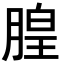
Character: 𪱦